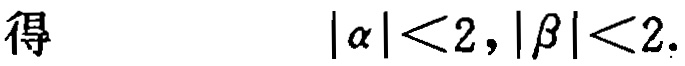
得\(\quad|\alpha|<2,|\beta|<2\).